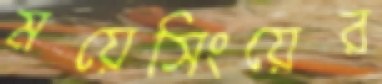
ময়েসিংয়ের